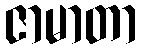
ဇာမာတာ